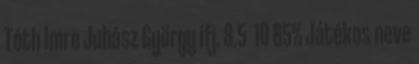
Tóth Imre Juhász György ifj. 8.5 10 85% Játékos neve